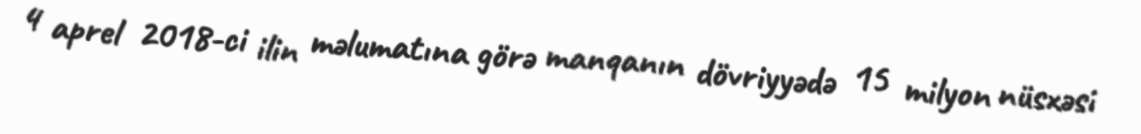
4 aprel 2018-ci ilin məlumatına görə manqanın dövriyyədə 15 milyon nüsxəsi